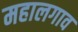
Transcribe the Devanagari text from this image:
महालगाव